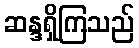
ဆန္ဒရှိကြသည်